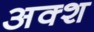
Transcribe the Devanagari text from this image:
अक्श